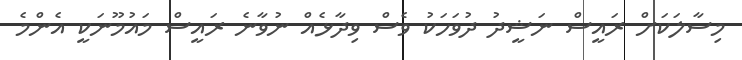
މިސާލަކަށް ރައީސް ނަޝީދު ދުވަހަކު ވެސް ވިދާޅެއް ނުވާނެ ރައީސް މައުމޫނަކީ އެންމެ